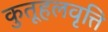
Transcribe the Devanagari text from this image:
कुतूहलवृत्ति